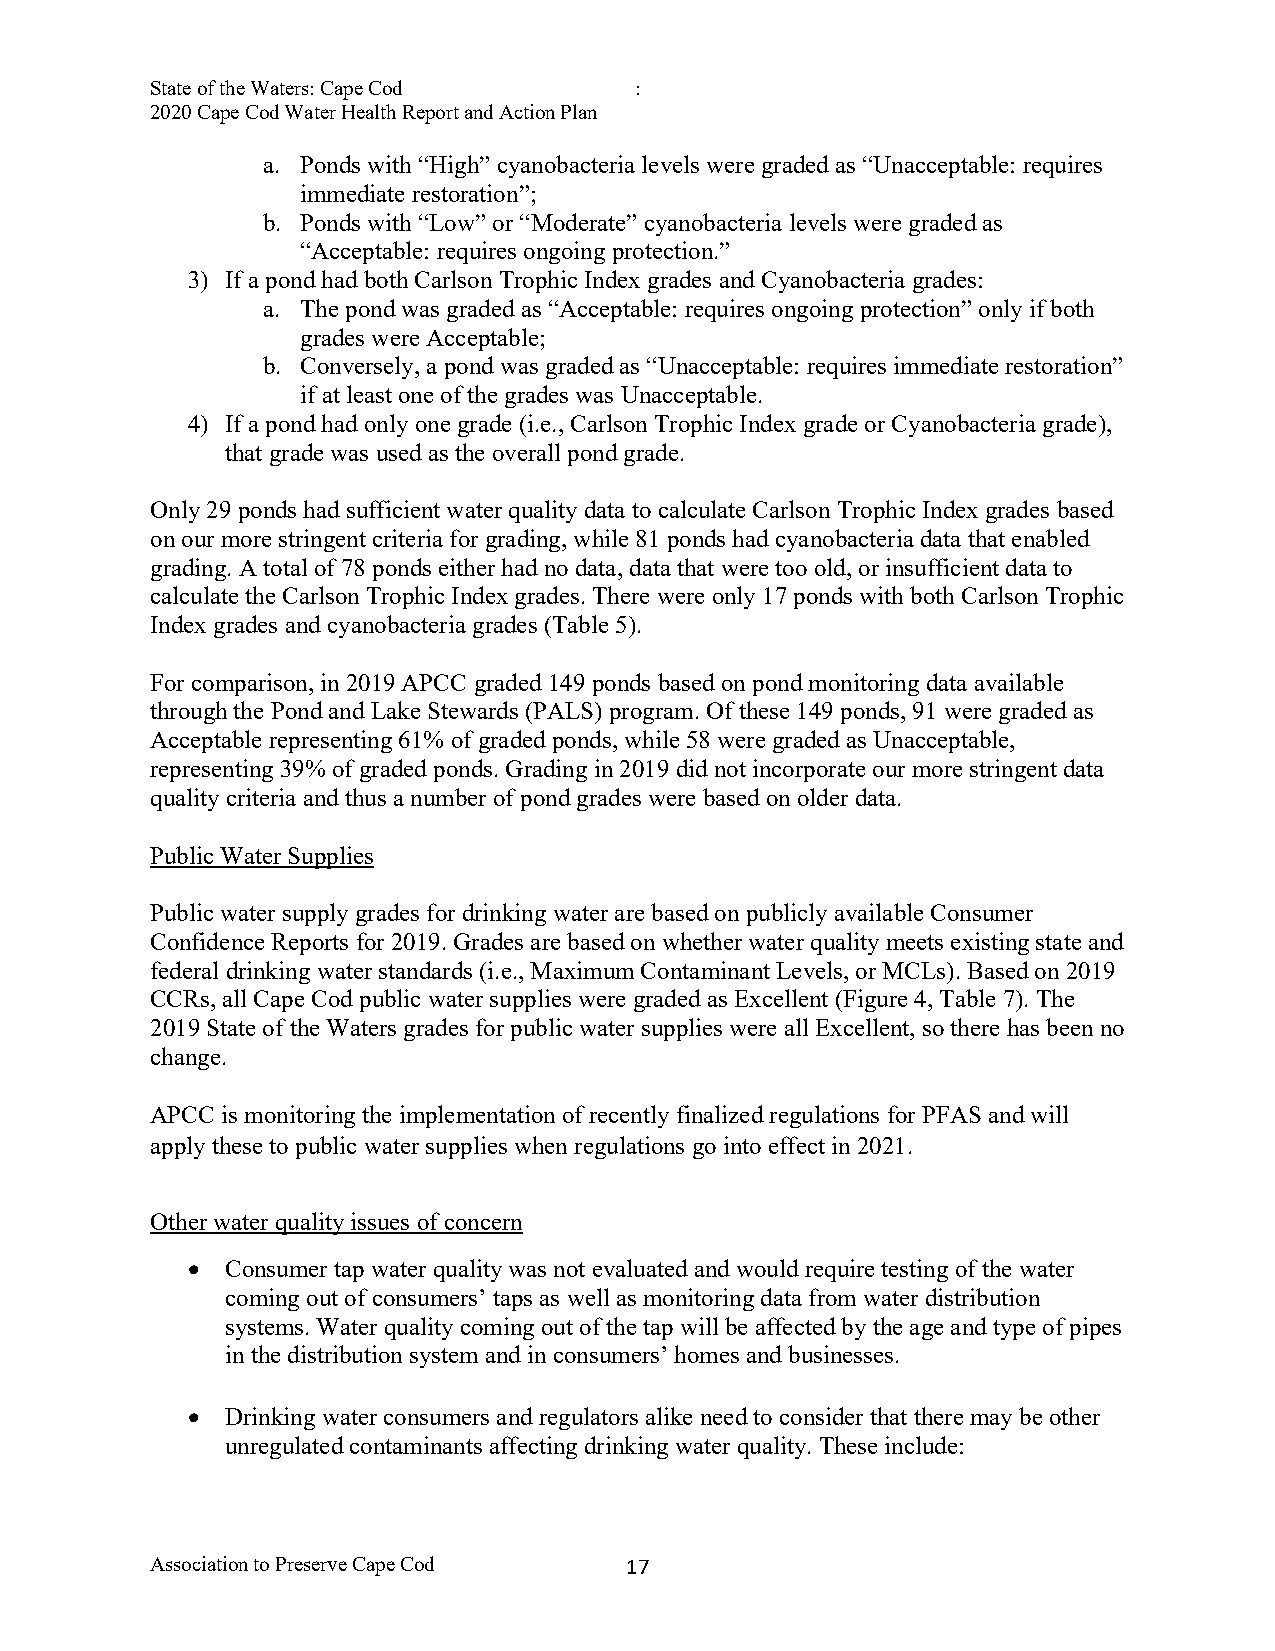
State of the Waters: Cape Cod   :
 2020 Cape Cod Water Health Report and Action Plan
 a. Ponds with “High” cyanobacteria levels were graded as “Unacceptable: requires
 immediate restoration”;
 b. Ponds with “Low” or “Moderate” cyanobacteria levels were graded as
 “Acceptable: requires ongoing protection.”
 3) If a pond had both Carlson Trophic Index grades and Cyanobacteria grades:
 a. The pond was graded as “Acceptable: requires ongoing protection” only if both
 grades were Acceptable;
 b. Conversely, a pond was graded as “Unacceptable: requires immediate restoration”
 if at least one of the grades was Unacceptable.
 4) If a pond had only one grade (i.e., Carlson Trophic Index grade or Cyanobacteria grade),
 that grade was used as the overall pond grade.
 Only 29 ponds had sufficient water quality data to calculate Carlson Trophic Index grades based
 on our more stringent criteria for grading, while 81 ponds had cyanobacteria data that enabled
 grading. A total of 78 ponds either had no data, data that were too old, or insufficient data to
 calculate the Carlson Trophic Index grades. There were only 17 ponds with both Carlson Trophic
 Index grades and cyanobacteria grades (Table 5).
 For comparison, in 2019 APCC graded 149 ponds based on pond monitoring data available
 through the Pond and Lake Stewards (PALS) program. Of these 149 ponds, 91 were graded as
 Acceptable representing 61% of graded ponds, while 58 were graded as Unacceptable,
 representing 39% of graded ponds. Grading in 2019 did not incorporate our more stringent data
 quality criteria and thus a number of pond grades were based on older data.
 Public Water Supplies
 Public water supply grades for drinking water are based on publicly available Consumer
 Confidence Reports for 2019. Grades are based on whether water quality meets existing state and
 federal drinking water standards (i.e., Maximum Contaminant Levels, or MCLs). Based on 2019
 CCRs, all Cape Cod public water supplies were graded as Excellent (Figure 4, Table 7). The
 2019 State of the Waters grades for public water supplies were all Excellent, so there has been no
 change.
 APCC is monitoring the implementation of recently finalized regulations for PFAS and will
 apply these to public water supplies when regulations go into effect in 2021.
 Other water quality issues of concern
 •  Consumer tap water quality was not evaluated and would require testing of the water
 coming out of consumers’ taps as well as monitoring data from water distribution
 systems. Water quality coming out of the tap will be affected by the age and type of pipes
 in the distribution system and in consumers’ homes and businesses.
 •  Drinking water consumers and regulators alike need to consider that there may be other
 unregulated contaminants affecting drinking water quality. These include:
 Association to Preserve Cape Cod 1 7